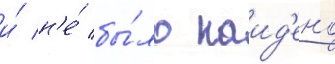
и́ н'е́ бы́ло наид'ено